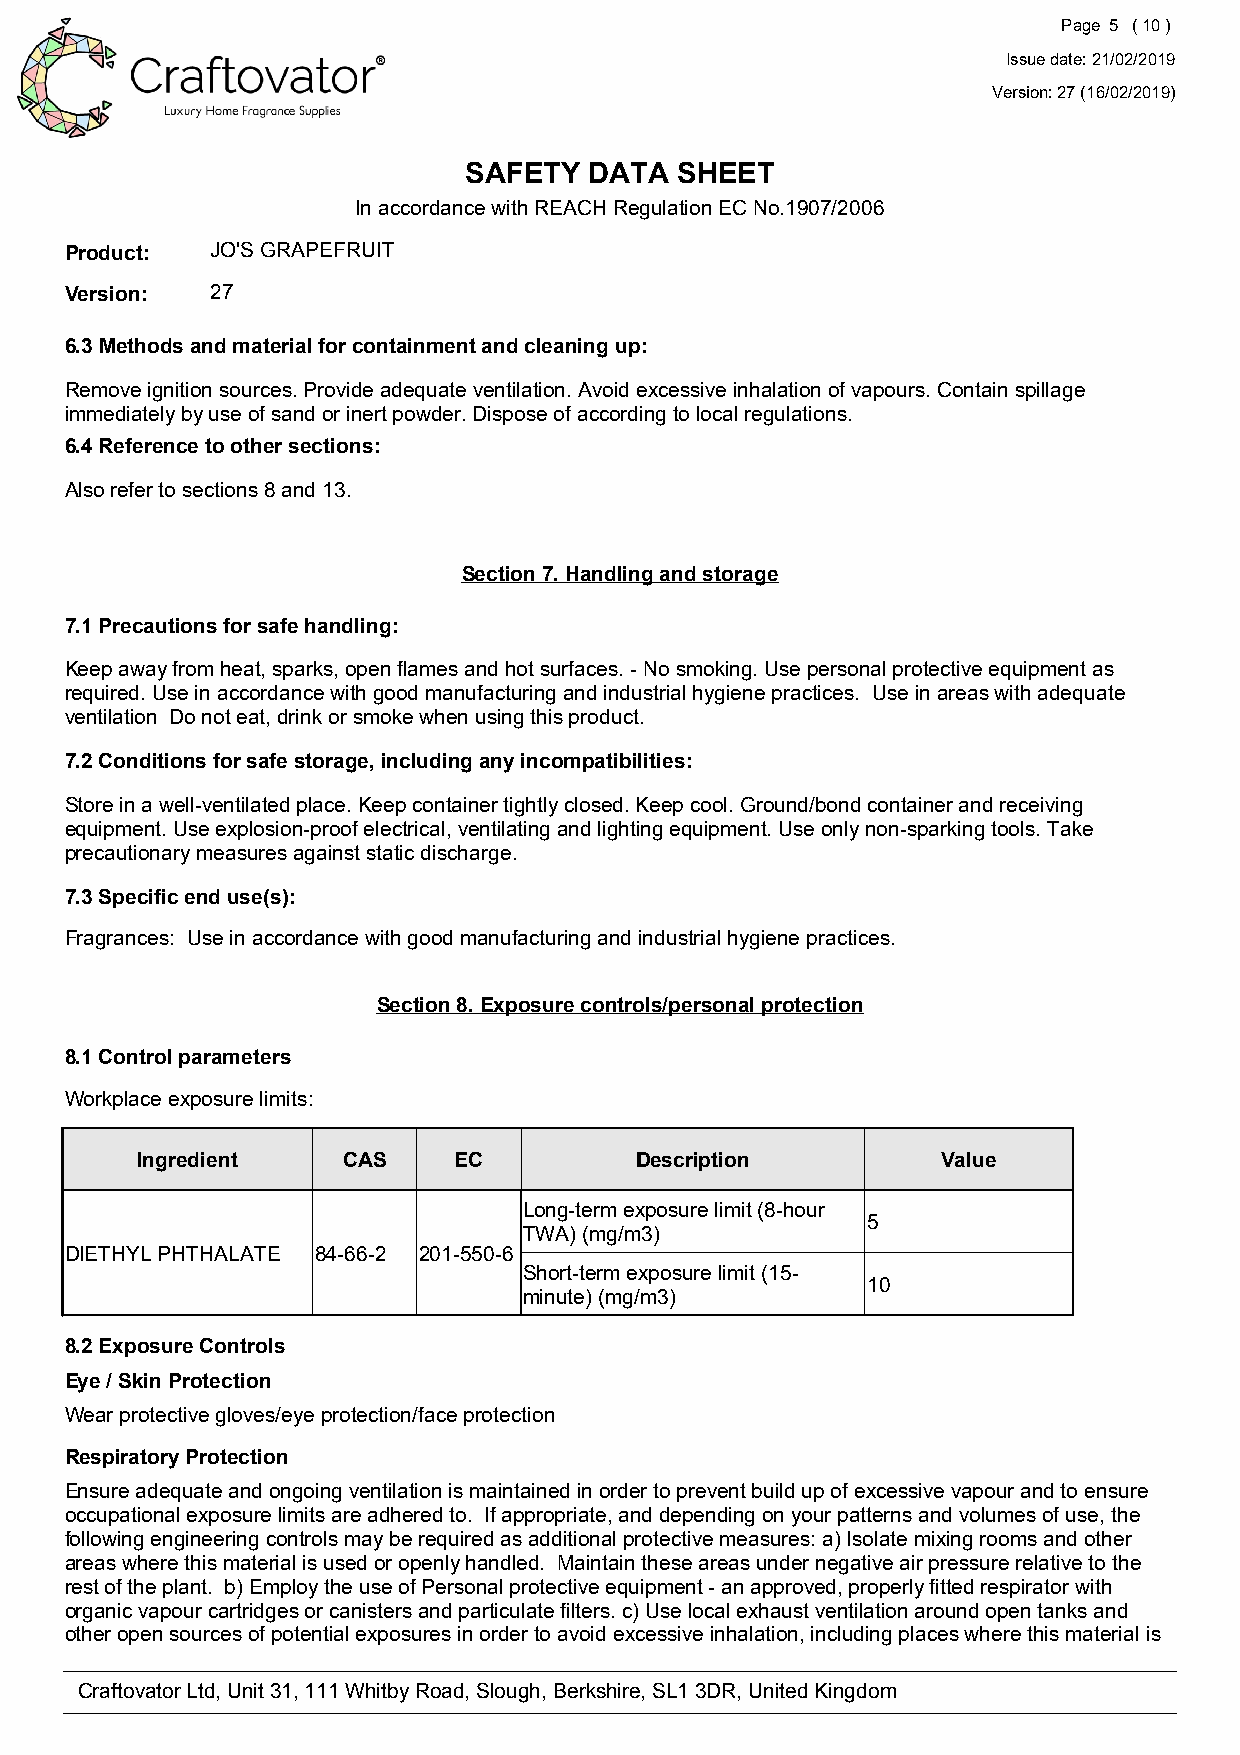
Page 5 ( 10 )
 Issue date: 21/02/2019
 Version: 27 (16/02/2019)
 SAFETY  DATA  SHEET
 In accordance with REACH Regulation EC No.1907/2006
 Product:  JO'S GRAPEFRUIT
 Version:  27
 6.3 Methods and material for containment and cleaning up:
 Remove ignition sources. Provide adequate ventilation. Avoid excessive inhalation of vapours. Contain spillage
 immediately by use of sand or inert powder. Dispose of according to local regulations.
 6.4 Reference to other sections:
 Also refer to sections 8 and 13.
 Section 7. Handling and storage
 7.1 Precautions for safe handling:
 Keep away from heat, sparks, open flames and hot surfaces. - No smoking. Use personal protective equipment as
 required. Use in accordance with good manufacturing and industrial hygiene practices. Use in areas with adequate
 ventilation Do not eat, drink or smoke when using this product.
 7.2 Conditions for safe storage, including any incompatibilities:
 Store in a well-ventilated place. Keep container tightly closed. Keep cool. Ground/bond container and receiving
 equipment. Use explosion-proof electrical, ventilating and lighting equipment. Use only non-sparking tools. Take
 precautionary measures against static discharge.
 7.3 Specific end use(s):
 Fragrances: Use in accordance with good manufacturing and industrial hygiene practices.
 Section 8. Exposure controls/personal protection
 8.1 Control parameters
 Workplace exposure limits:
 Ingredient    CAS    EC          Description         Value
 Long-term exposure limit (8-hour
 5
 TWA) (mg/m3)
 DIETHYL PHTHALATE 84-66-2 201-550-6
 Short-term exposure limit (15-
 10
 minute) (mg/m3)
 8.2 Exposure Controls
 Eye / Skin Protection
 Wear protective gloves/eye protection/face protection
 Respiratory Protection
 Ensure adequate and ongoing ventilation is maintained in order to prevent build up of excessive vapour and to ensure
 occupational exposure limits are adhered to. If appropriate, and depending on your patterns and volumes of use, the
 following engineering controls may be required as additional protective measures: a) Isolate mixing rooms and other
 areas where this material is used or openly handled. Maintain these areas under negative air pressure relative to the
 rest of the plant. b) Employ the use of Personal protective equipment - an approved, properly fitted respirator with
 organic vapour cartridges or canisters and particulate filters. c) Use local exhaust ventilation around open tanks and
 other open sources of potential exposures in order to avoid excessive inhalation, including places where this material is
 Craftovator Ltd, Unit 31, 111 Whitby Road, Slough, Berkshire, SL1 3DR, United Kingdom